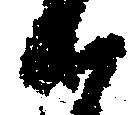
御